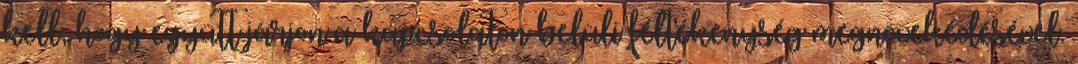
kell, hogy együtt járjon a kapcsolaton belüli féltékenység megnövekedésével.